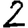
Digit: 2